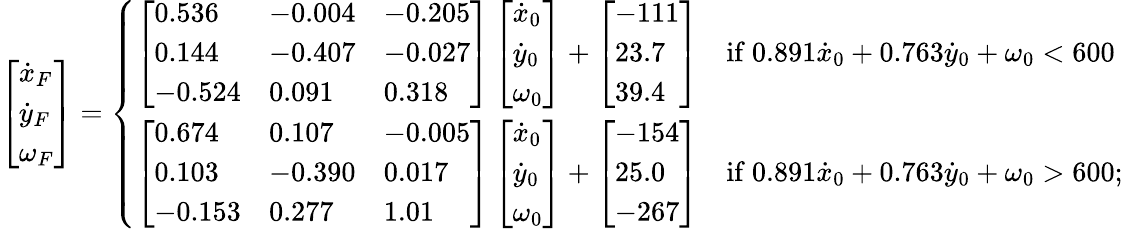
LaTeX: \left[\begin{array}{l}{\dot{x}_{F}}\\ {\dot{y}_{F}}\\ {\omega_{F}}\end{array}\right]=\left\{ \begin{array}{ll}{\left[\begin{array}{lll}{0.536}&{-0.004}&{-0.205}\\ {0.144}&{-0.407}&{-0.027}\\ {-0.524}&{0.091}&{0.318}\end{array}\right]\left[\begin{array}{l}{\dot{x}_{0}}\\ {\dot{y}_{0}}\\ {\omega_{0}}\end{array}\right]+\left[\begin{array}{l}{-111}\\ {23.7}\\ {39.4}\end{array}\right]}&{\mathrm{if~}0.891\dot{x}_{0}+0.763\dot{y}_{0}+\omega_{0}<600}\\ {\left[\begin{array}{lll}{0.674}&{0.107}&{-0.005}\\ {0.103}&{-0.390}&{0.017}\\ {-0.153}&{0.277}&{1.01}\end{array}\right]\left[\begin{array}{l}{\dot{x}_{0}}\\ {\dot{y}_{0}}\\ {\omega_{0}}\end{array}\right]+\left[\begin{array}{l}{-154}\\ {25.0}\\ {-267}\end{array}\right]}&{\mathrm{if~}0.891\dot{x}_{0}+0.763\dot{y}_{0}+\omega_{0}>600;}\end{array}\right.